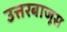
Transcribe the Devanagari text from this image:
उत्तरबाजूस